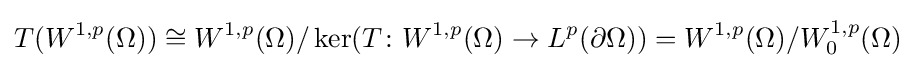
T(W^{1,p}(\Omega ))\cong W^{1,p}(\Omega )/\ker(T\colon W^{1,p}(\Omega )\to L^{p}(\partial \Omega ))=W^{1,p}(\Omega )/W_{0}^{1,p}(\Omega )